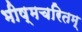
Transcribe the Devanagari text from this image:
भीष्मचरितम्